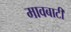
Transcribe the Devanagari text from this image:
मावबाटी